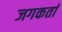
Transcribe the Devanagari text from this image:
जगकर्ता